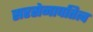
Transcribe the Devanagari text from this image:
सरसेनापतित्व